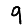
Digit: 9